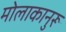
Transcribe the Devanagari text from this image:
मोलाकानुरू